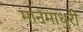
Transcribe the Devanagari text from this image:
मानमाधुरी